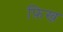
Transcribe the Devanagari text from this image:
फ़िख